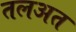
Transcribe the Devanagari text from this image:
तलअत